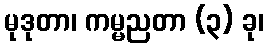
မုဒုတာ၊ ကမ္မညတာ (၃) ခု၊